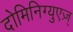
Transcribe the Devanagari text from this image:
दोमिनिग्युएज़्